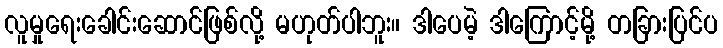
လူမှုရေးခေါင်းဆောင်ဖြစ်လို့ မဟုတ်ပါဘူး။ ဒါပေမဲ့ ဒါကြောင့်မို့ တခြားပြင်ပ